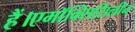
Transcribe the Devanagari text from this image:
हैं।एमॉक्सिसिलीन